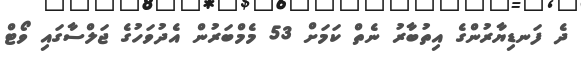
ދެ ފަނޑިޔާރުންގެ އިތުބާރު ނެތް ކަމަށް 53 މެމްބަރުން އެދުވަހުގެ ޖަލްސާގައި ވޯޓް